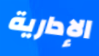
الإدارية